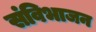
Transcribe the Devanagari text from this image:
संविभाजन